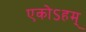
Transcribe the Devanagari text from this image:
एकोऽहम्